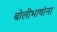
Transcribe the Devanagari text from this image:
बोलीभाषांना